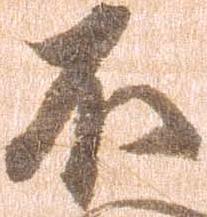
不